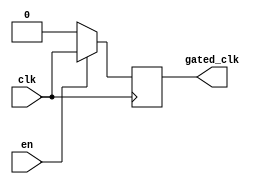
module clock_gating_buffer (
    input wire clk,      // Primary clock input
    input wire en,       // Enable signal
    output reg gated_clk  // Gated clock output
);

// Internal signal to hold the gated clock state
reg clk_reg;

// Always block to handle the gated clock logic
always @(*) begin
    if (en) begin
        clk_reg = clk;  // Pass the clock through when enabled
    end else begin
        clk_reg = 1'b0; // Hold the clock low when disabled
    end
end

// Always block to update the gated clock output on the rising edge of the clock
always @(posedge clk) begin
    gated_clk <= clk_reg; // Update gated clock output
end

endmodule